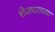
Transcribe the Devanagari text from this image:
शेजघराच्या